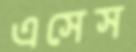
এসেস